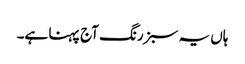
ہاں یہ سبز رنگ آج پہنا ہے۔